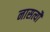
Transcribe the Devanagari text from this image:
नासत्यौ